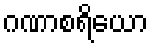
ဂဏာစရိယော